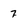
Character: 7